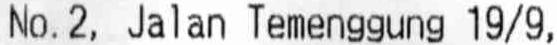
NO.2, JALAN TEMENGGUNG 19/9,